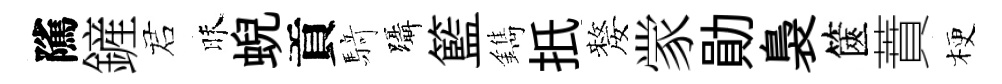
隲鏟诺昧蜺貢𮪍躡籃鐫扺嫠䝉勛裊篋蕡梗